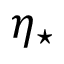
\eta _ { \star }